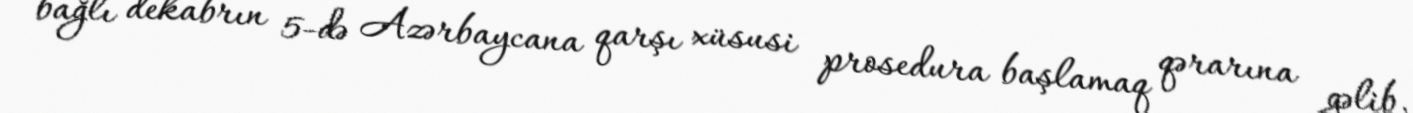
bağlı dekabrın 5-də Azərbaycana qarşı xüsusi prosedura başlamaq qərarına gəlib.